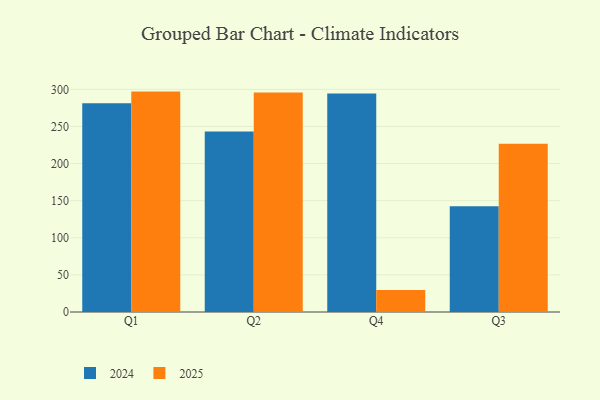
{"axis": {"x": "Quarter", "y": "Demand Index"}, "legend": ["2024", "2025"], "data": [{"x": "Q1", "y": 281.3, "type": "2024"}, {"x": "Q1", "y": 297.0, "type": "2025"}, {"x": "Q2", "y": 243.3, "type": "2024"}, {"x": "Q2", "y": 295.8, "type": "2025"}, {"x": "Q4", "y": 294.3, "type": "2024"}, {"x": "Q4", "y": 29.5, "type": "2025"}, {"x": "Q3", "y": 142.4, "type": "2024"}, {"x": "Q3", "y": 226.6, "type": "2025"}]}